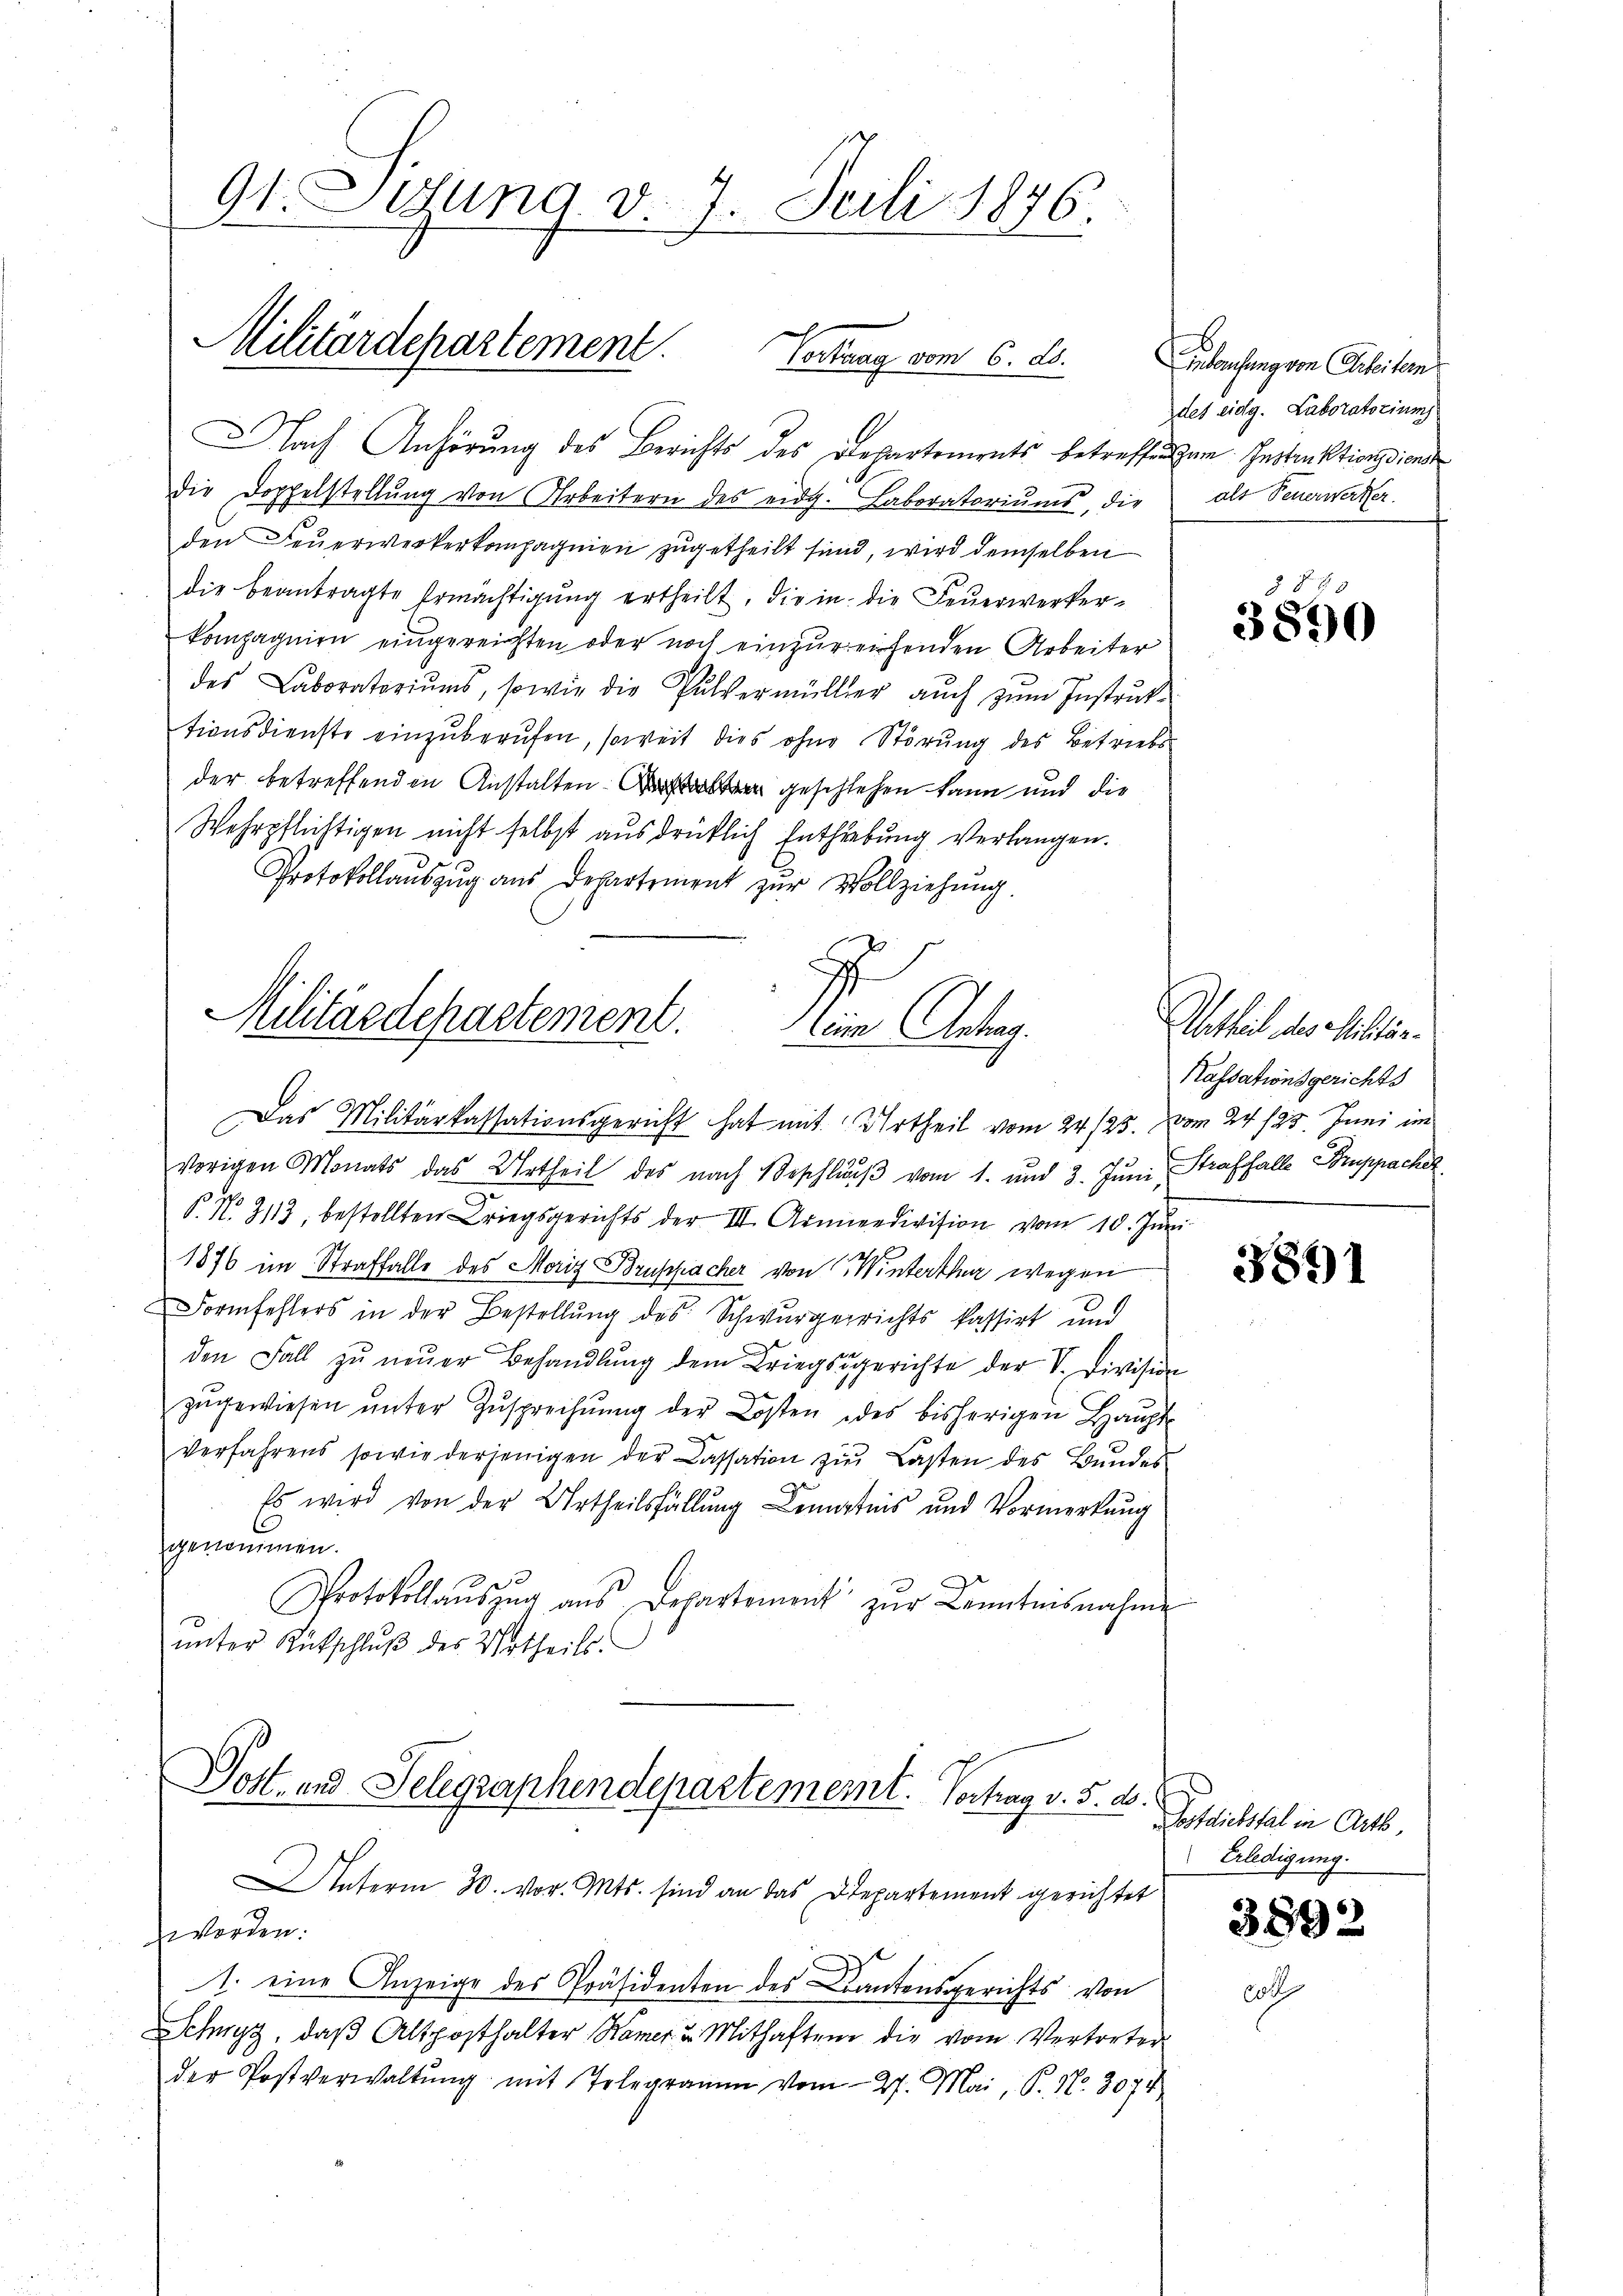
91. Lesung v. 7. Juli 1876.

Militärdepartement.
Cortung vom 6. ds.

Nach Anhörung des Berichts des Departements betreffen zum Instinktionssions
die Doppelstellung von Arbeitern des eidg. Laboratoriums, die
den Feŭerwerkerkompagnien zugetheilt sind, wird demselben
die beantragte Ermächtigŭng ertheilt, die in die Feŭerwerker-
kompagnien eingereichten oder noch einzureifenden Arbeiter
des Laboratoriŭms, sowie die Pulvermüller aŭch zŭm Instruk-
tionsdienste einzŭberŭfen, soweit dies ohne Störung des Betriebs
der betreffenden Anstaltener geschlehen kann und die
Wehrpflichtigen nicht selbst ausdrücklich Enthiebung verlangen.
Protokollauszug aus Departement zur Vollziehung.
Militärdepartement.
eine Antrag.

Das Militärkassationsgericht hat mit Urtheil vom 24./25. vom 24. 125. Juni im

Einlausung von Seitens
des eidg. Laboratorium
als Feuerwerker.

vorigen Monats das Urtheil des nach Beschlŭβ vom 1. und 3. Jŭni,
P. No. 3113, bestellten Kriegsgerichts der III. Armendivision vom 10. Jŭni
1876 im Straffalle des Moriz Bruppacher von Winterthur wegen
Formfehlers in der Bestellŭng des Schwurgerrichts Passirt und
den Fall zŭ neŭer Behandlŭng dem Kriegsgerichte der V. Division
zŭgewiesen ŭnter Zusprechnŭng der Kosten des bisherigen Haŭpt
Verfahrens sowie derjenigen der Cassation zŭr Lasten des Bŭndes
Es wird von der Urtheilsfällung Kenntnis und Vormerkung
genommen.
Protokollaŭszŭg aŭs Departement zŭr Kenntnisnahme
unter Rückschluß des Urtheils.
Dott- und Telegraphendepartemeint. Vertrag v. 5. d.
nterm 30. vor. Mts. sind an das Departement gerichtet
worden:
1. eine Anzeige des Präsidenten des Cantonsgerichts von
SSchwyz, daβ Altposthalter Kamer u. Mithaften die vom Vertreter
der Postverwaltŭng mit Teler vom 27. Mai, P. Nr. 3074

3890

Abtheil des Sittlin
Kassationsgerichts
Straffalle Suppacher

3891

Sostdiebstal in Art.
Erledigung.

3892